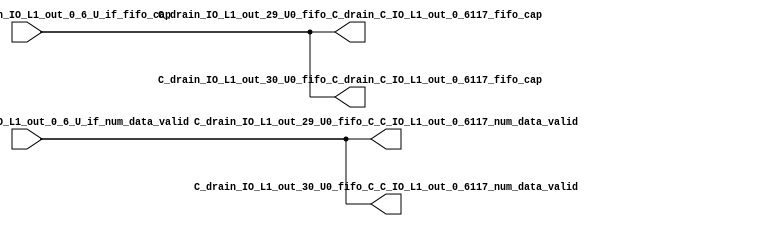
// ==================================================
// RTL generated by RapidStream
//
// Copyright 2024 RapidStream Design Automation, Inc.
// All Rights Reserved.
// ==================================================
`timescale 1 ns / 1 ps
module __rs_kernel3_aux_split_aux_58 #(
    parameter C_S_AXI_CONTROL_DATA_WIDTH  = 32,
    parameter C_S_AXI_CONTROL_ADDR_WIDTH  = 6,
    parameter C_S_AXI_DATA_WIDTH          = 32,
    parameter C_M_AXI_GMEM_A_ID_WIDTH     = 1,
    parameter C_M_AXI_GMEM_A_ADDR_WIDTH   = 64,
    parameter C_M_AXI_GMEM_A_DATA_WIDTH   = 512,
    parameter C_M_AXI_GMEM_A_AWUSER_WIDTH = 1,
    parameter C_M_AXI_GMEM_A_ARUSER_WIDTH = 1,
    parameter C_M_AXI_GMEM_A_WUSER_WIDTH  = 1,
    parameter C_M_AXI_GMEM_A_RUSER_WIDTH  = 1,
    parameter C_M_AXI_GMEM_A_BUSER_WIDTH  = 1,
    parameter C_M_AXI_GMEM_A_USER_VALUE   = 0,
    parameter C_M_AXI_GMEM_A_PROT_VALUE   = 0,
    parameter C_M_AXI_GMEM_A_CACHE_VALUE  = 3,
    parameter C_M_AXI_DATA_WIDTH          = 32,
    parameter C_M_AXI_GMEM_B_ID_WIDTH     = 1,
    parameter C_M_AXI_GMEM_B_ADDR_WIDTH   = 64,
    parameter C_M_AXI_GMEM_B_DATA_WIDTH   = 512,
    parameter C_M_AXI_GMEM_B_AWUSER_WIDTH = 1,
    parameter C_M_AXI_GMEM_B_ARUSER_WIDTH = 1,
    parameter C_M_AXI_GMEM_B_WUSER_WIDTH  = 1,
    parameter C_M_AXI_GMEM_B_RUSER_WIDTH  = 1,
    parameter C_M_AXI_GMEM_B_BUSER_WIDTH  = 1,
    parameter C_M_AXI_GMEM_B_USER_VALUE   = 0,
    parameter C_M_AXI_GMEM_B_PROT_VALUE   = 0,
    parameter C_M_AXI_GMEM_B_CACHE_VALUE  = 3,
    parameter C_M_AXI_GMEM_C_ID_WIDTH     = 1,
    parameter C_M_AXI_GMEM_C_ADDR_WIDTH   = 64,
    parameter C_M_AXI_GMEM_C_DATA_WIDTH   = 512,
    parameter C_M_AXI_GMEM_C_AWUSER_WIDTH = 1,
    parameter C_M_AXI_GMEM_C_ARUSER_WIDTH = 1,
    parameter C_M_AXI_GMEM_C_WUSER_WIDTH  = 1,
    parameter C_M_AXI_GMEM_C_RUSER_WIDTH  = 1,
    parameter C_M_AXI_GMEM_C_BUSER_WIDTH  = 1,
    parameter C_M_AXI_GMEM_C_USER_VALUE   = 0,
    parameter C_M_AXI_GMEM_C_PROT_VALUE   = 0,
    parameter C_M_AXI_GMEM_C_CACHE_VALUE  = 3,
    parameter C_S_AXI_CONTROL_WSTRB_WIDTH = 4,
    parameter C_S_AXI_WSTRB_WIDTH         = 4,
    parameter C_M_AXI_GMEM_A_WSTRB_WIDTH  = 64,
    parameter C_M_AXI_WSTRB_WIDTH         = 4,
    parameter C_M_AXI_GMEM_B_WSTRB_WIDTH  = 64,
    parameter C_M_AXI_GMEM_C_WSTRB_WIDTH  = 64
) (
    output wire [1:0] C_drain_IO_L1_out_29_U0_fifo_C_C_IO_L1_out_0_6117_num_data_valid,
    output wire [1:0] C_drain_IO_L1_out_29_U0_fifo_C_drain_C_IO_L1_out_0_6117_fifo_cap,
    output wire [1:0] C_drain_IO_L1_out_30_U0_fifo_C_C_IO_L1_out_0_6117_num_data_valid,
    output wire [1:0] C_drain_IO_L1_out_30_U0_fifo_C_drain_C_IO_L1_out_0_6117_fifo_cap,
    input wire  [1:0] fifo_C_drain_C_drain_IO_L1_out_0_6_U_if_fifo_cap,
    input wire  [1:0] fifo_C_drain_C_drain_IO_L1_out_0_6_U_if_num_data_valid
);
assign C_drain_IO_L1_out_29_U0_fifo_C_C_IO_L1_out_0_6117_num_data_valid = fifo_C_drain_C_drain_IO_L1_out_0_6_U_if_num_data_valid;
assign C_drain_IO_L1_out_29_U0_fifo_C_drain_C_IO_L1_out_0_6117_fifo_cap = fifo_C_drain_C_drain_IO_L1_out_0_6_U_if_fifo_cap;
assign C_drain_IO_L1_out_30_U0_fifo_C_C_IO_L1_out_0_6117_num_data_valid = fifo_C_drain_C_drain_IO_L1_out_0_6_U_if_num_data_valid;
assign C_drain_IO_L1_out_30_U0_fifo_C_drain_C_IO_L1_out_0_6117_fifo_cap = fifo_C_drain_C_drain_IO_L1_out_0_6_U_if_fifo_cap;
endmodule